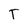
Character: T